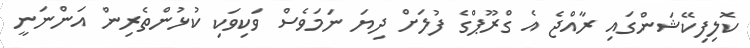
ކޮލިފިކޭޝަންގައި ރާއްޖެ އެ ގްރޫޕްގެ ފުލަށް ދިޔަ ނަމަވެސް ވަކިވަކި ކުޅުންތެރިން އަންނަނީ